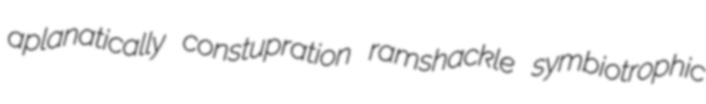
aplanatically constupration ramshackle symbiotrophic